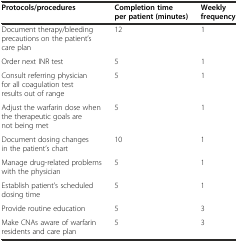
| Protocols/procedures | Completion time per patient (minutes) | Weekly frequency |
 | --- | --- | --- |
 | Document therapy/bleeding precautions on the patient’s care plan | 12 | 1 |
 | Order next INR test | 5 | 1 |
 | Consult referring physician for all coagulation test results out of range | 5 | 1 |
 | Adjust the warfarin dose when the therapeutic goals are not being met | 5 | 1 |
 | Document dosing changes in the patient’s chart | 10 | 1 |
 | Manage drug-related problems with the physician | 5 | 1 |
 | Establish patient’s scheduled dosing time | 5 | 1 |
 | Provide routine education | 5 | 3 |
 | Make CNAs aware of warfarin residents and care plan | 5 | 3 |